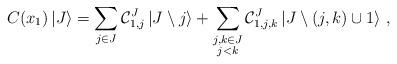
LaTeX: \begin{align*} C(x_{1})\left|J\right\rangle = \sum_{j\in J}\mathcal{C}_{1,j}^{J }\left|J\setminus j \right\rangle +\sum_{\substack{j,k\in J\\j<k}}\mathcal{C}_{1,j,k}^{J }\left|J\setminus\left(j,k\right) \cup 1 \right\rangle \,,\end{align*}